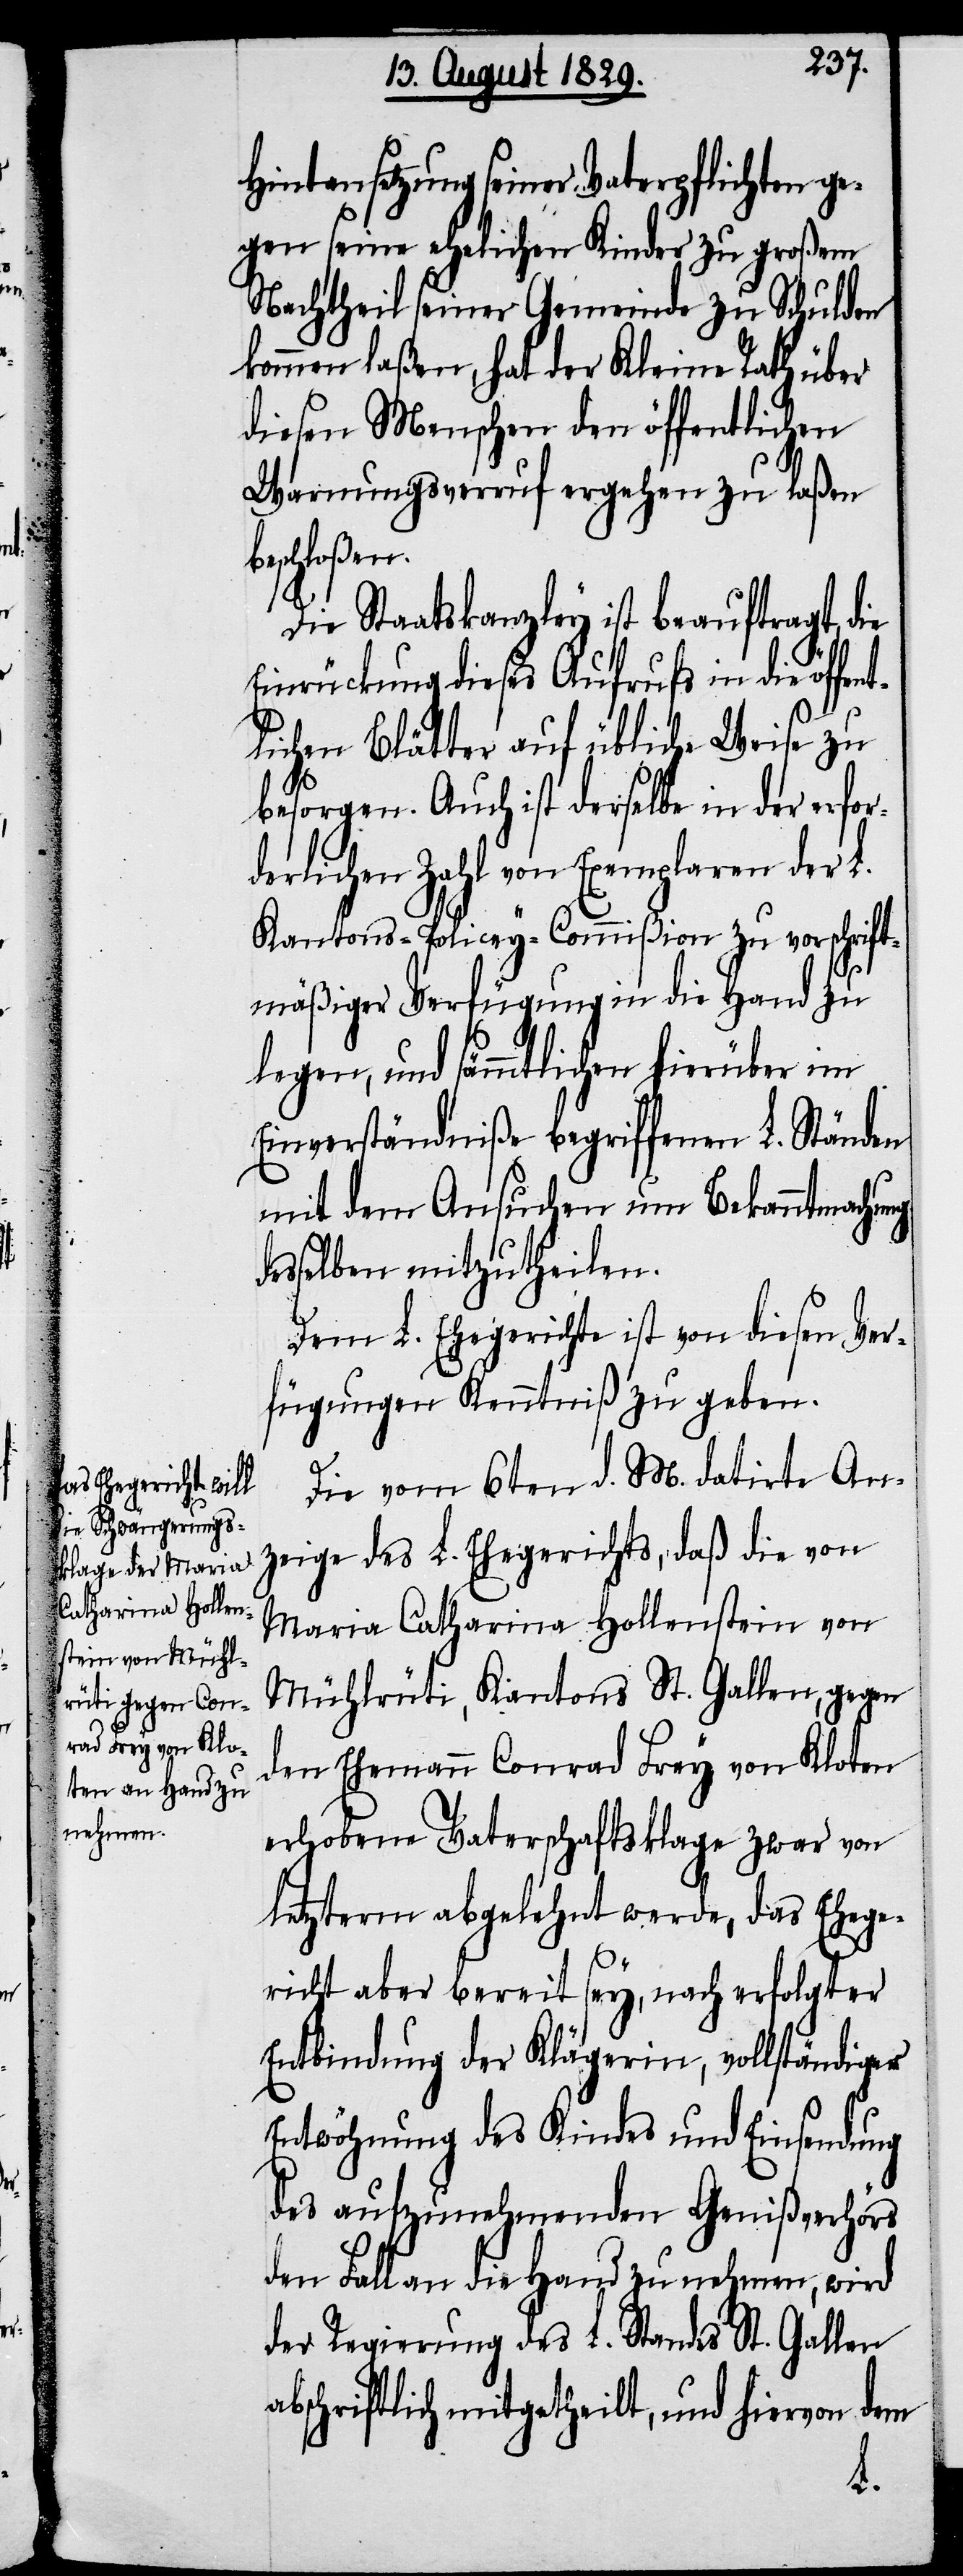
Hintensetzung seiner Vaterpflichten ge¬
gen seine ehelichen Kinder zu großem
Nachtheil seiner Gemeinde zu Schulden
kommen laßen, hat der Kleine Rath über
diesen Menschen den öffentlichen
Warnungsverruf ergehen zu laßen
eschloßen.
Die Staatskanzley ist beauftragt, die
Einrückung dieses Aufrufs in die öffen¬
tlichen Blätter auf übliche Weise zu
besorgen. Auch ist derselbe in der erfor¬
derlichen Zahl von Exemplaren der L.
Kantons-Policey-Commißion zu vorschrifts¬
mäßiger Verfügung in die Hand zu
legen, und sämmtlichen hierüber im
Einverständniße begriffenen L. Ständen
mit dem Ansuchen um Bekanntmachung
desselben mitzutheilen.
Dem L. Ehegerichte ist von diesen Ver¬
fügungen Kenntniß zu geben.
Die vom 6ten d. M. datirte An¬
zeige des L. Ehegerichts, daß die von
Maria Catharina Hollenstein von
Mühlrüti, Kantons St. Gallen, gegen
den Ehemann Conrad Frey von Kloten
erhobene Vaterschaftsklage zwar von
letzterm abgelehnt werde, das Ehege¬
richt aber bereit sey, nach erfolgter
Entbindung der Klägerin, vollständiger
Entwöhnung des Kindes und Einsendung
des aufzunehmenden Genißverhörs
den Fall an die Hand zu nehmen, wir
der Regierung des L. Standes St. Gallen
abschriftlich mitgetheilt, und hiervon dem
b¬